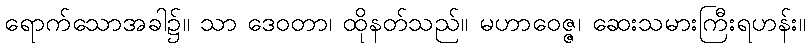
ရောက်သောအခါ၌။ သာ ဒေဝတာ၊ ထိုနတ်သည်။ မဟာဝေဇ္ဇ၊ ဆေးသမားကြီးရဟန်း။